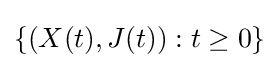
\{(X(t),J(t)):t\geq 0\}